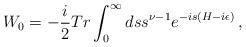
LaTeX: \begin{align*} W_0=-{i\over2}Tr\int_0^\infty ds s^{\nu-1} e^{-is(H-i\epsilon)}\,,\end{align*}